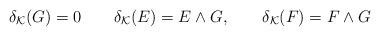
LaTeX: \begin{align*}\delta_{{\mathcal K}}(G)=0\qquad \delta_{{\mathcal K}}(E)=E\wedge G,\qquad \delta_{{\mathcal K}}(F)=F\wedge G\end{align*}